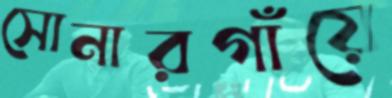
সোনারগাঁয়ে